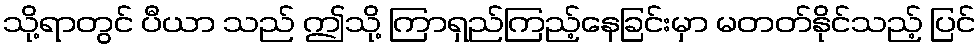
သို့ရာတွင် ပီယာ သည် ဤသို့ ကြာရှည်ကြည့်နေခြင်းမှာ မတတ်နိုင်သည့် ပြင်